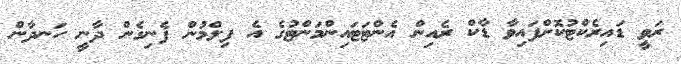
ރަވީ ޑައިރެކްޓުކޮށްފައިވާ ޑާކް ރެއިން އެންޓަޓައިންމަންޓުގެ އެ ފިލްމުން ފެނިގެން ދާނީ ހަނދާން